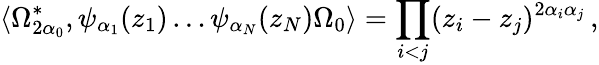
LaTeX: \langle\Omega_{2\alpha_{0}}^{*},\psi_{\alpha_{1}}(z_{1})\ldots\psi_{\alpha_{N}}(z_{N})\Omega_{0}\rangle=\prod_{i<j}(z_{i}-z_{j})^{2\alpha_{i}\alpha_{j}}\, ,